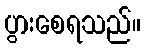
ပွားစေရသည်။